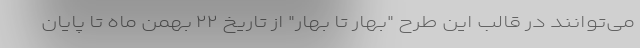
می‌توانند در قالب این طرح "بهار تا بهار" از تاریخ ۲۲ بهمن ماه تا پایان